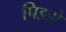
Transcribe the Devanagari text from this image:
पिझ्झे